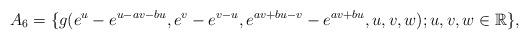
LaTeX: \begin{align*} A_6 =\{g(e^{u}-e^{u-av-bu},e^{v}-e^{v-u},e^{av+bu-v}-e^{av+bu},u,v,w); u,v,w \in \mathbb R\}, \end{align*}